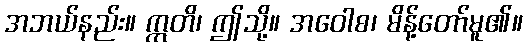
အဘယ်နည်း။ ဣတိ၊ ဤသို့။ အဝေါစ၊ မိန့်တော်မူ၏။